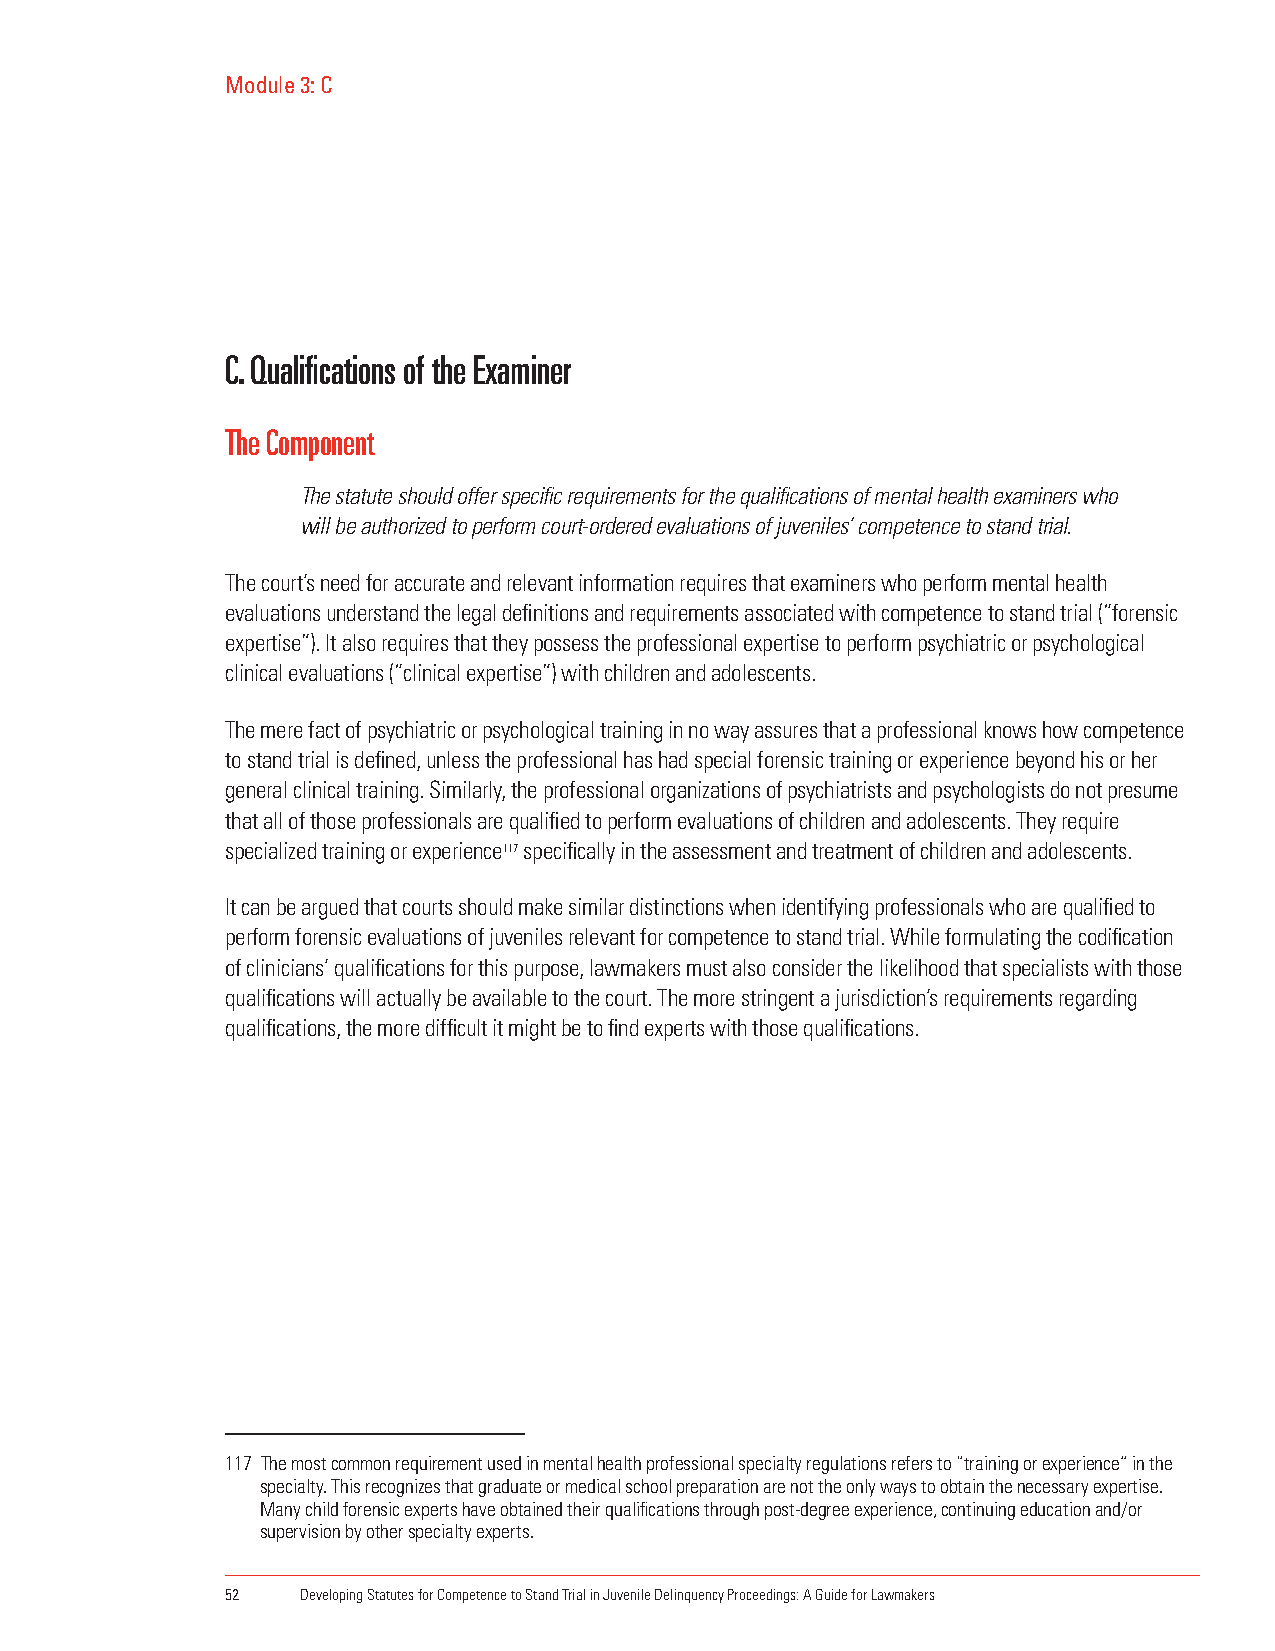
Module 3: C
 C. Qualifications of the Examiner
 The Component
 The statute should offer specific requirements for the qualifications of mental health examiners who
 will be authorized to perform court-ordered evaluations of juveniles’ competence to stand trial.
 The court’s need for accurate and relevant information requires that examiners who perform mental health
 evaluations understand the legal definitions and requirements associated with competence to stand trial (“forensic
 expertise”). It also requires that they possess the professional expertise to perform psychiatric or psychological
 clinical evaluations (“clinical expertise”) with children and adolescents.
 The mere fact of psychiatric or psychological training in no way assures that a professional knows how competence
 to stand trial is defined, unless the professional has had special forensic training or experience beyond his or her
 general clinical training. Similarly, the professional organizations of psychiatrists and psychologists do not presume
 that all of those professionals are qualified to perform evaluations of children and adolescents. They require
 specialized training or experience117 specifically in the assessment and treatment of children and adolescents.
 It can be argued that courts should make similar distinctions when identifying professionals who are qualified to
 perform forensic evaluations of juveniles relevant for competence to stand trial. While formulating the codification
 of clinicians’ qualifications for this purpose, lawmakers must also consider the likelihood that specialists with those
 qualifications will actually be available to the court. The more stringent a jurisdiction’s requirements regarding
 qualifications, the more difficult it might be to find experts with those qualifications.
 117 The most common requirement used in mental health professional specialty regulations refers to “training or experience” in the
 specialty. This recognizes that graduate or medical school preparation are not the only ways to obtain the necessary expertise.
 Many child forensic experts have obtained their qualifications through post-degree experience, continuing education and/or
 supervision by other specialty experts.
 52   Developing Statutes for Competence to Stand Trial in Juvenile Delinquency Proceedings: A Guide for Lawmakers